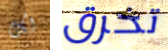
لك تخرق